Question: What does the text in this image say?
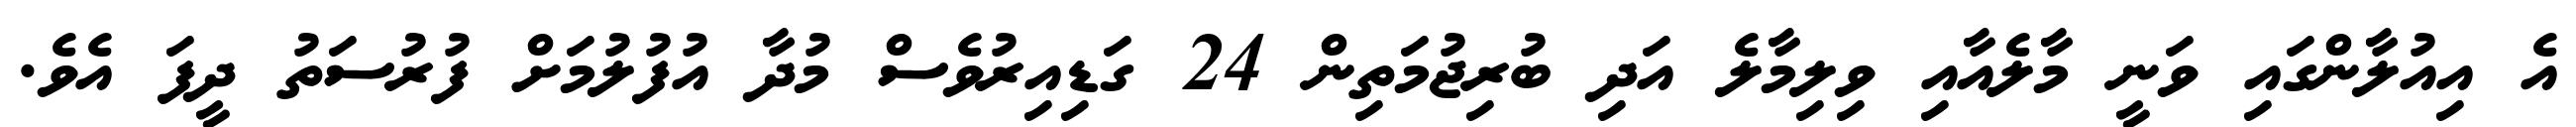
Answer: އެ އިއުލާންގައި ވަނީ މާލެއާއި ވިލިމާލެ އަދި ބުރިޖުމަތިން 24 ގަޑިއިރުވެސް މުދާ އުފުލުމަށް ފުރުސަތު ދީފަ އެވެ.